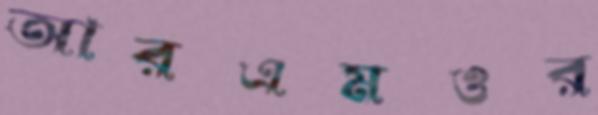
আরএমওর